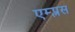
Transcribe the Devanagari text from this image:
एम्प्लस